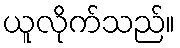
ယူလိုက်သည်။